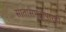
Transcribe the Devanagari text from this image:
सातासमुद्रापारही